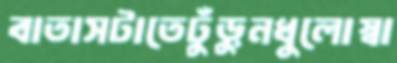
বাতাসটাতেঢুঁড়ুনধুলোস্বা